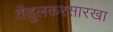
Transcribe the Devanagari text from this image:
तेंडुलकरसारखा